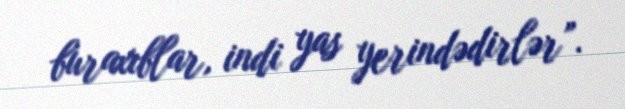
buraxıblar, indi yas yerindədirlər”.